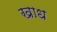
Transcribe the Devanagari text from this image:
खाध